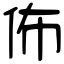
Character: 佈